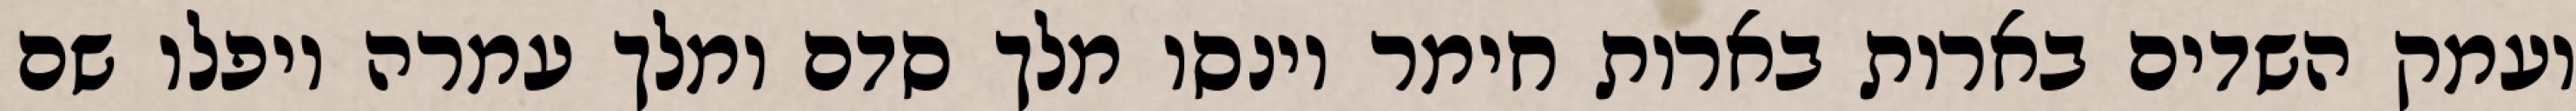
ועמק השדים בארות בארות חימר וינסו מלך סדם ומלך עמרה ויפלו שם